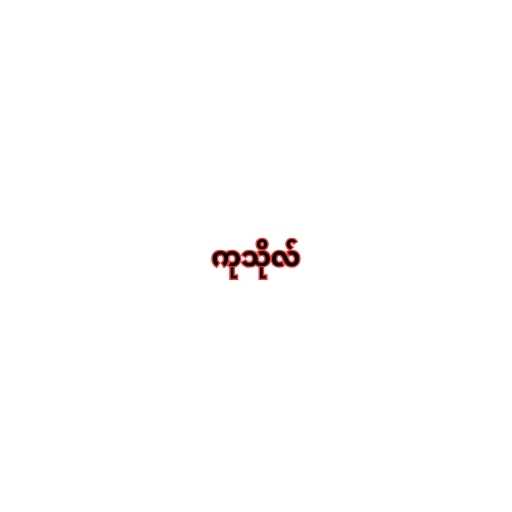
ကုသိုလ်